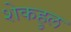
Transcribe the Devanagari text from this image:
शेकहुल